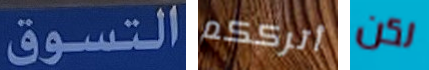
التسوق أترككم لكن